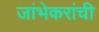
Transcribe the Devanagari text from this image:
जांभेकरांची